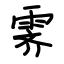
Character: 霁